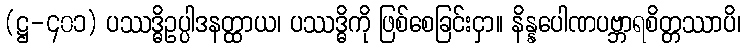
(ဋ္ဌ-၄၀၁) ပဿဒ္ဓိဥပ္ပါဒနတ္ထာယ၊ ပဿဒ္ဓိကို ဖြစ်စေခြင်းငှာ။ နိန္နပေါဏပဗ္ဘာရစိတ္တဿာပိ၊